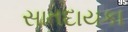
સાતદાયકા